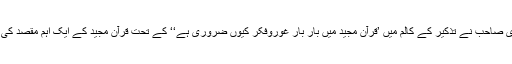
ڈاکٹر محی الدین غازی صاحب نے تذکیر کے کالم میں ’قرآن مجید میں بار بار غوروفکر کیوں ضروری ہے‘‘ کے تحت قرآن مجید کے ایک اہم مقصد کی طرف متوجہ کیا ہے۔